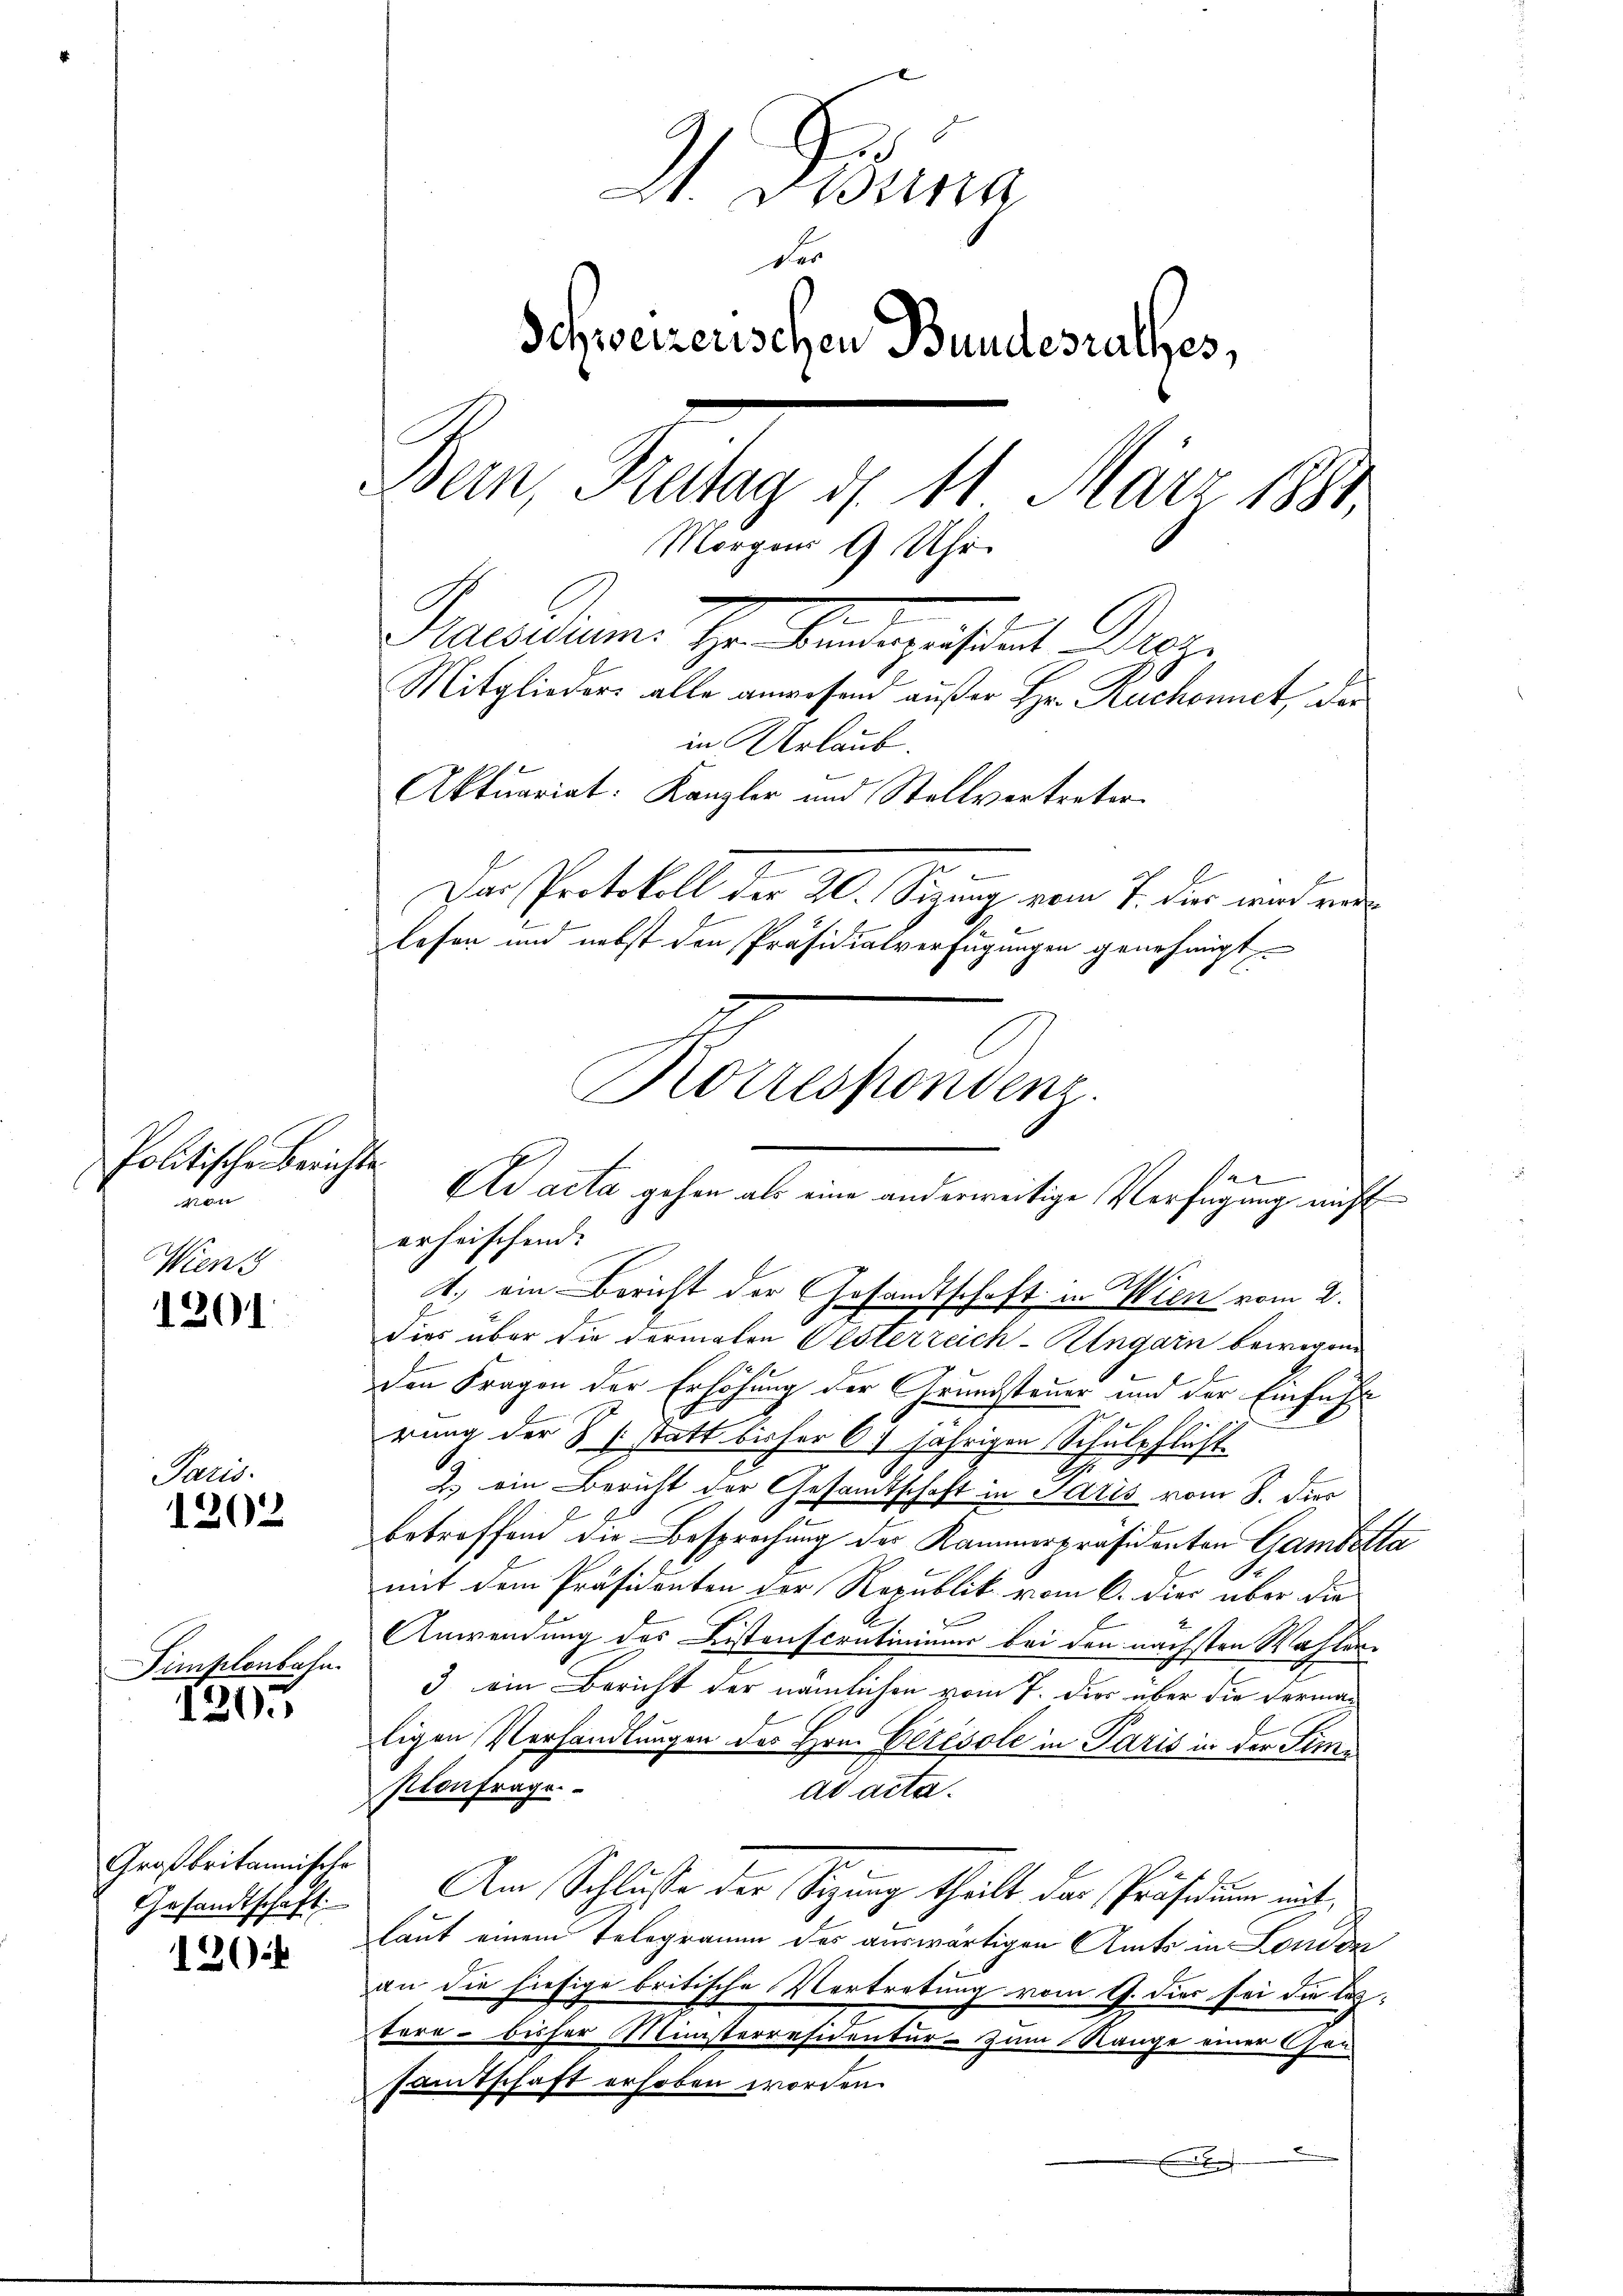
Politische Berichte

Wien

1201

Paris.
1202

Dimplonbahn.

1205

Großbritannische
Gesandtschaft

120

2 Drina
der
Schweizerischen Bundesrathes,
Bern, Freitag d. 11 März 1881.
Morgen 9 Uhr.
e
Praesidum. Hr. Bunderpräsident Droz.
Mitglieders alle anwesend außer Hr. Ruchonnet, der
in Urlaub.
Aktuariat. Kanzler und Stellvertreter
¬
Das Protokoll der 20. Sizung vom 7. dies war verlesen und nebst den Präsidialverfügungen genehmigt
Korrespondenz.

dies über die dermalen Oesterzeich-Ungarn bewegen
den Fragen der Erhöhung der Grundsteuer und der Einfahl
rung der S. 1 statt bisher 6: jährigen Schulpflicht
A.
2.) ein Bericht der Gesandtschaft in Saris vom 8. dies
betreffend die Besprochung der Kammerpräsidenten Gambetta
mit dem Präsidenten der Republik vom 6. die über die
Anwendung des Listenscrutinium bei den nächsten Wahlen¬
3 ein Bericht der nämlichen vom 7. Dies über die derman
ligen Verhandlungen des Hrn. Clrésole in Paris in der Firmpionfrage
ad acta.
Am Schlusse der Sizung theilt der Präsidium mit
laut einem Telegramm des auswärtigen Amts in London
an die hiesige britische Vertretung vom 9. dies sei die leztere - bisher Ministerresidentur - zum Range einer Gen
samtschaft erhoben worden.
x
.

er
Ad acta gehen als eine anderweitige Verfügung nicht
erheischend. |
1.) ein Bericht der Gesandtschaft in Wien vom 2.